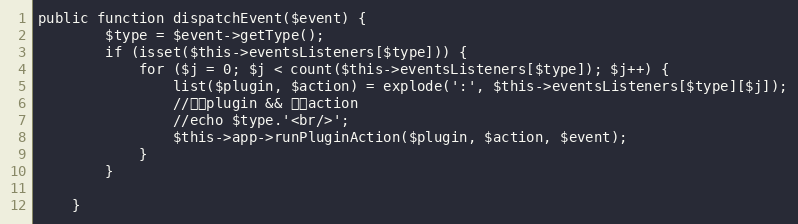
Language: PHP
public function dispatchEvent($event) {
		$type = $event->getType();
		if (isset($this->eventsListeners[$type])) {
			for ($j = 0; $j < count($this->eventsListeners[$type]); $j++) {
				list($plugin, $action) = explode(':', $this->eventsListeners[$type][$j]);
				//加载plugin && 调用action
				//echo $type.'<br/>';
				$this->app->runPluginAction($plugin, $action, $event);
			}
		}

	}